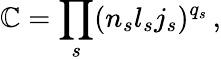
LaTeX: \mathbb{C}=\prod_{s}(n_{s}l_{s}j_{s})^{q_{s}}\, ,